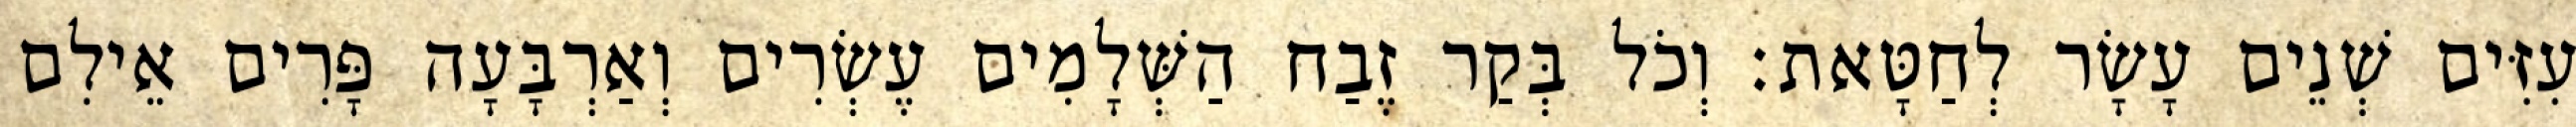
עִזִּים שְׁנֵים עָשָׂר לְחַטָּאת׃ וְכֹל בְּקַר זֶבַח הַשְּׁלָמִים עֶשְׂרִים וְאַרְבָּעָה פָּרִים אֵילִם